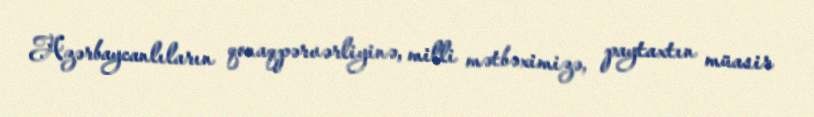
Azərbaycanlıların qonaqpərvərliyinə, milli mətbəximizə, paytaxtın müasir